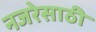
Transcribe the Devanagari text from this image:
नजरेसाठी